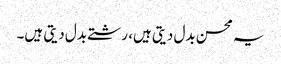
یہ محسن بدل دیتی ہیں، رشتے بدل دیتی ہیں۔